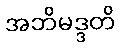
အဘိမဒ္ဒတိ